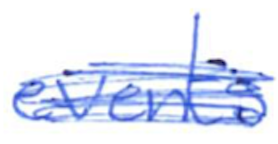
Text: events
Cross-out: scratch
Writing tool: ballpoint